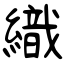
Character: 織